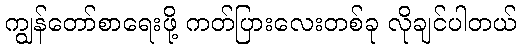
ကျွန်တော်စာရေးဖို့ ကတ်ပြားလေးတစ်ခု လိုချင်ပါတယ်